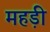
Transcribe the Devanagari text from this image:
महड़ी